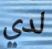
لدي